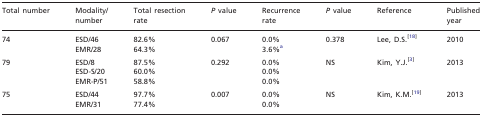
<table><thead><tr><td><b>Total number</b></td><td><b>Modality/ number</b></td><td><b>Total resection rate</b></td><td><b><i>P</i> value</b></td><td><b>Recurrence rate</b></td><td><b><i>P</i> value</b></td><td><b>Reference</b></td><td><b>Published year</b></td></tr></thead><tbody><tr><td rowspan="2">74</td><td>ESD/46</td><td>82.6%</td><td rowspan="2">0.067</td><td>0.0%</td><td rowspan="2">0.378</td><td rowspan="2">Lee, D.S.<sup>[</sup><sup>18</sup><sup>]</sup></td><td rowspan="2">2010</td></tr><tr><td>EMR/28</td><td>64.3%</td><td>3.6%<sup>a</sup></td></tr><tr><td rowspan="3">79</td><td>ESD/8</td><td>87.5%</td><td rowspan="3">0.292</td><td>0.0%</td><td rowspan="3">NS</td><td rowspan="3">Kim, Y.J.<sup>[</sup><sup>3</sup><sup>]</sup></td><td rowspan="3">2013</td></tr><tr><td>ESD-S/20</td><td>60.0%</td><td>0.0%</td></tr><tr><td>EMR-P/51</td><td>58.8%</td><td>0.0%</td></tr><tr><td rowspan="2">75</td><td>ESD/44</td><td>97.7%</td><td rowspan="2">0.007</td><td>0.0%</td><td rowspan="2">NS</td><td rowspan="2">Kim, K.M.<sup>[</sup><sup>19</sup><sup>]</sup></td><td rowspan="2">2013</td></tr><tr><td>EMR/31</td><td>77.4%</td><td>0.0%</td></tr></tbody></table>